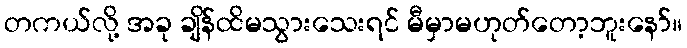
တကယ်လို့ အခု ချိန်ထိမသွားသေးရင် မီမှာမဟုတ်တော့ဘူးနော်။